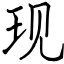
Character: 现